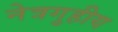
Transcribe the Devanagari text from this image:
नेत्रगुहीय